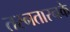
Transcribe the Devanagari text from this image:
तरनतारनके